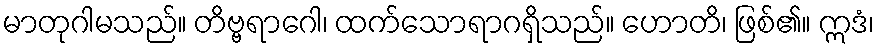
မာတုဂါမသည်။ တိဗ္ဗရာဂေါ၊ ထက်သောရာဂရှိသည်။ ဟောတိ၊ ဖြစ်၏။ ဣဒံ၊